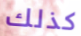
كذلك